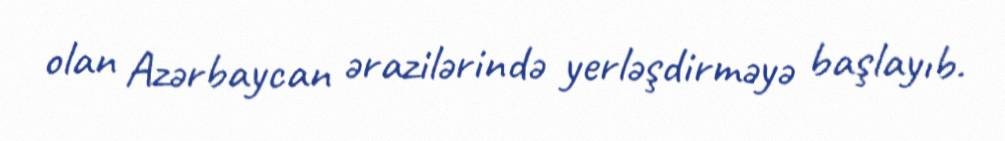
olan Azərbaycan ərazilərində yerləşdirməyə başlayıb.